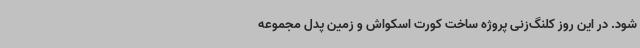
شود. در این روز کلنگ‌زنی پروژه ساخت کورت اسکواش و زمین پدل مجموعه